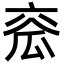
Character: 𤫹